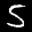
Label: 5